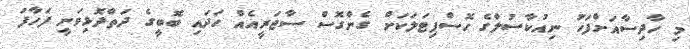
މި ހާދިސާއަށްފަހު ނިއުކާސުލްގެ ހޮސްޕިޓަލަކަށް ގެންގޮސް ސާޖަރީއެއް ހަދައި ބޮބީގެ ދަތްދޮޅިވަނީ ފަހާފަ